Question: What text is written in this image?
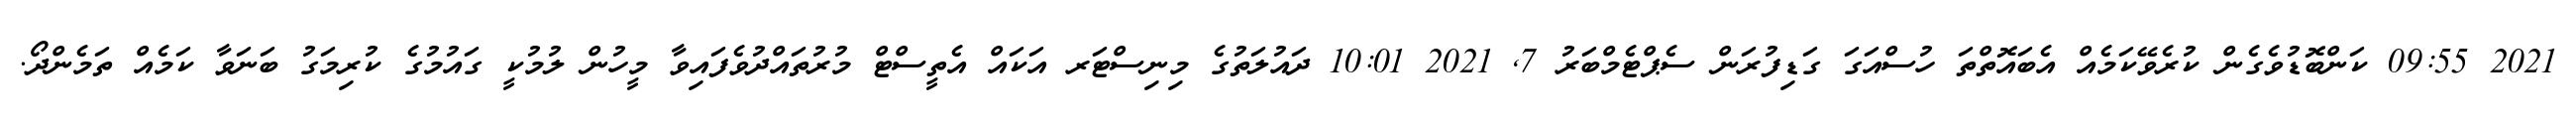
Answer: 2021 09:55 ކަންބޮޑުވެގެން ކުރެވޭކަމެއް އެބައޮތްތަ ހުސްއަގަ ގަޑިފުރަން ސެޕްޓެމްބަރު 7, 2021 10:01 ދައުލަތުގެ މިނިސްޓަރ އަކައް އެތީސްޓް މުރުތައްދުވެފައިވާ މީހުން ލުމުކީ ގައުމުގެ ކުރިމަގު ބަނަވާ ކަމެއް ތަމެންދޯ.